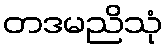
တဒမညိသုံ